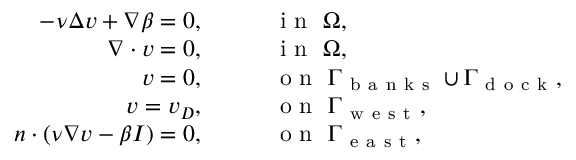
\begin{array} { r l } { - \nu \Delta v + \nabla \beta = 0 , } & { { } \qquad \mathrm { ~ i ~ n ~ } \ \Omega , } \\ { \nabla \cdot v = 0 , } & { { } \qquad \mathrm { ~ i ~ n ~ } \ \Omega , } \\ { v = 0 , } & { { } \qquad \mathrm { ~ o ~ n ~ } \ \Gamma _ { \mathrm { ~ b ~ a ~ n ~ k ~ s ~ } } \cup \Gamma _ { \mathrm { ~ d ~ o ~ c ~ k ~ } } , } \\ { v = v _ { D } , } & { { } \qquad \mathrm { ~ o ~ n ~ } \ \Gamma _ { \mathrm { ~ w ~ e ~ s ~ t ~ } } , } \\ { n \cdot ( \nu \nabla v - \beta I ) = 0 , } & { { } \qquad \mathrm { ~ o ~ n ~ } \ \Gamma _ { \mathrm { ~ e ~ a ~ s ~ t ~ } } , } \end{array}